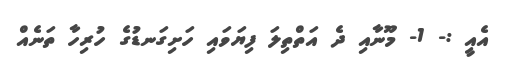
އެއީ :- 1- މޫނާއި ދެ އަތްތިލަ ފިޔަވައި ހަށިގަނޑުގެ ހުރިހާ ތަނެއް